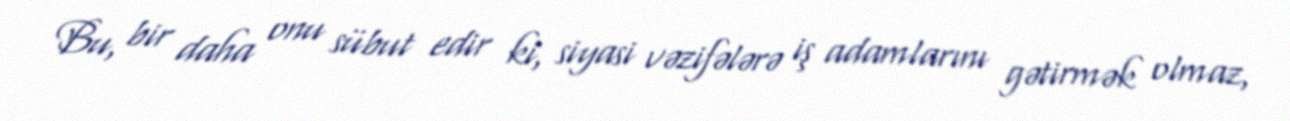
Bu, bir daha onu sübut edir ki, siyasi vəzifələrə iş adamlarını gətirmək olmaz,